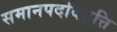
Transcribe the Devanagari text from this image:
समानपदविवृत्ति